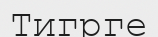
Тигрге